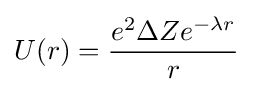
U(r)={\frac {e^{2}\Delta Ze^{-\lambda r}}{r}}